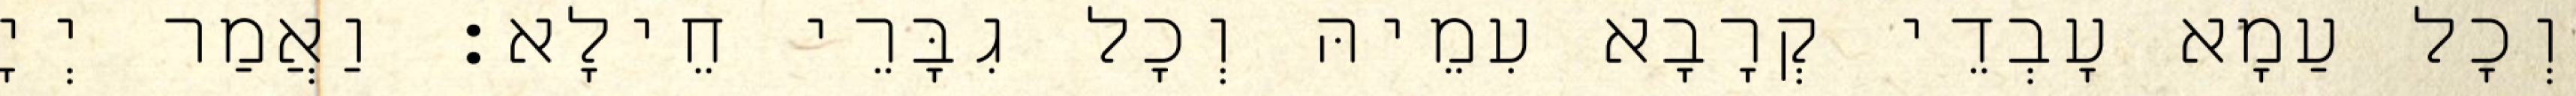
וְכָל עַמָא עָבְדֵי קְרָבָא עִמֵיהּ וְכָל גִבָּרֵי חֵילָא׃ וַאֲמַר יְיָ